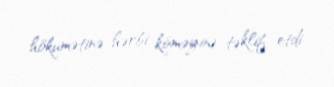
hökumətinə hərbi köməyini təklif etdi.